Scottish Certificate of Education, 1962
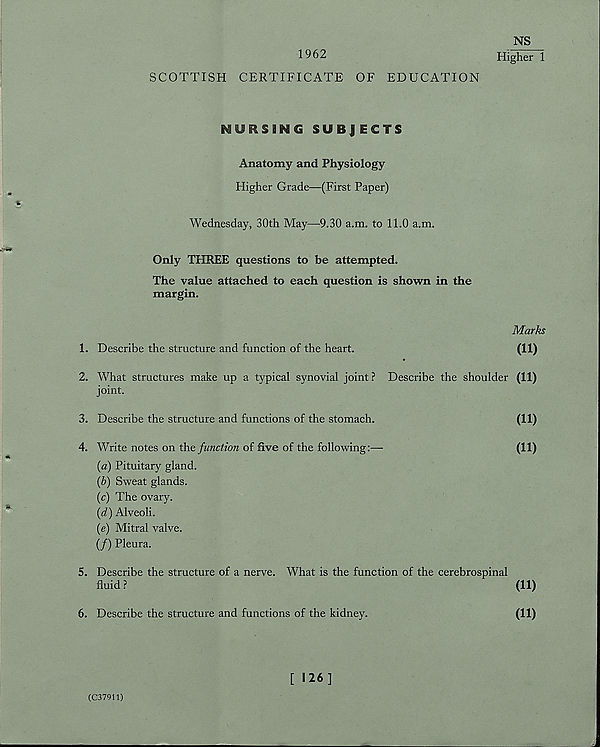
1962
SCOTTISH CERTIFICATE OF EDUCATION
NS
Higher 1
NURSING SU B J ECTS
Anatomy and Physiology
Higher Grade—(First Paper)
Wednesday, 30th May—9.30 a.m. to 11.0 a.m.
Only THREE questions to be attempted.
The value attached to each question is shown in the
margin.
1. Describe the structure and function of the heart.
2. What structures make up a typical synovial joint ? Describe the shoulder
joint.
3. Describe the structure and functions of the stomach.
4. Write notes on the function of five of the following:—
(a) Pituitary gland.
(b) Sweat glands.
(c) The ovary.
{d) Alveoli.
(e) Mitral valve.
(/) Pleura.
5. Describe the structure of a nerve. What is the function of the cerebrospinal
fluid ?
6. Describe the structure and functions of the kidney.
[ 126]
(C37911)
Marks
(11)
(11)
(11)
(11)
(11)
(11)